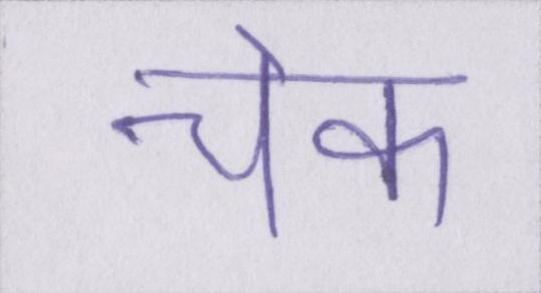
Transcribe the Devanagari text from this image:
चेक